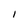
Character: I